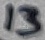
Text: 13